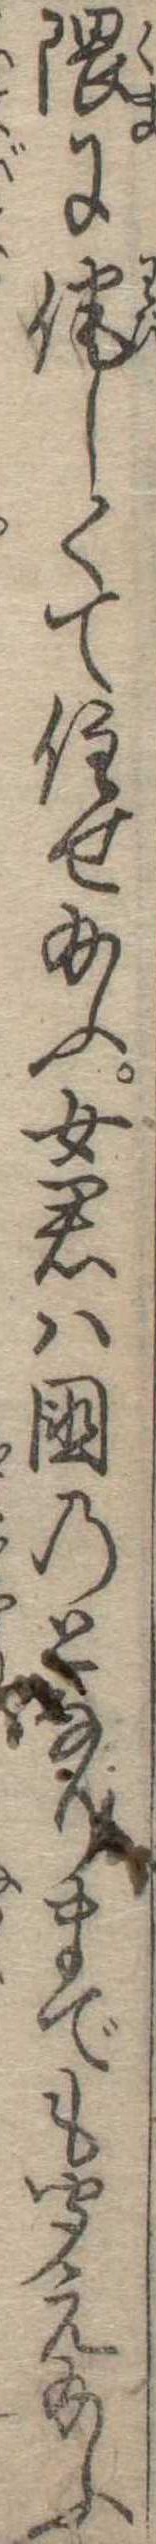
隈に侘しくて住せ給ふ女君は国のとなりまでも聞え給ふ